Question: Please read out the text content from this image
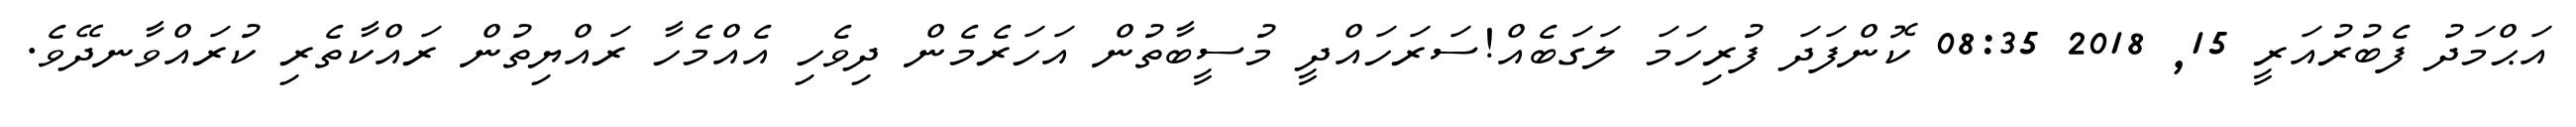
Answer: އަޙްމަދު ފެބުރުއަރީ 15, 2018 08:35 ކޮންފަދަ ފުރިހަމަ ލަގަބެއް!ސަރަހައްދީ މުސީބާތުން އަހަރެމެން ދިވެހި އެއްމެހާ ރައްޔިތުން ރައްކާތެރި ކުރައްވާނދޭވެ.